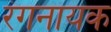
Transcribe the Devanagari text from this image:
रंगनायक